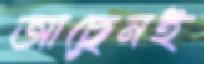
আছেনই